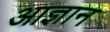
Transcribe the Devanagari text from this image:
आज्ञान